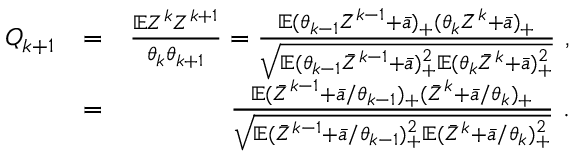
\begin{array} { r l r } { Q _ { k + 1 } } & { = } & { \frac { { { \mathbb E } } Z ^ { k } Z ^ { k + 1 } } { \theta _ { k } \theta _ { k + 1 } } = \frac { { { \mathbb E } } ( \theta _ { k - 1 } \bar { Z } ^ { k - 1 } + \bar { a } ) _ { + } ( \theta _ { k } \bar { Z } ^ { k } + \bar { a } ) _ { + } } { \sqrt { { { \mathbb E } } ( \theta _ { k - 1 } \bar { Z } ^ { k - 1 } + \bar { a } ) _ { + } ^ { 2 } { { \mathbb E } } ( \theta _ { k } \bar { Z } ^ { k } + \bar { a } ) _ { + } ^ { 2 } } } \ , } \\ & { = } & { \frac { { { \mathbb E } } ( \bar { Z } ^ { k - 1 } + \bar { a } / \theta _ { k - 1 } ) _ { + } ( \bar { Z } ^ { k } + \bar { a } / \theta _ { k } ) _ { + } } { \sqrt { { { \mathbb E } } ( \bar { Z } ^ { k - 1 } + \bar { a } / \theta _ { k - 1 } ) _ { + } ^ { 2 } { { \mathbb E } } ( \bar { Z } ^ { k } + \bar { a } / \theta _ { k } ) _ { + } ^ { 2 } } } \ . } \end{array}